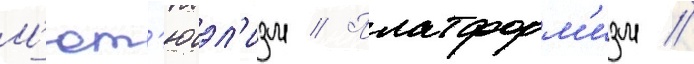
М'ют'юэл'изм // Платформ'изм //